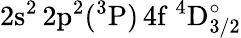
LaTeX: \mathrm{2s^{2}\, 2p^{2}(^{3}P)\, 4f~^{4}D_{3/2}^{\circ}}